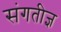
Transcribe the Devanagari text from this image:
संगतीज्ञ